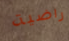
راضية